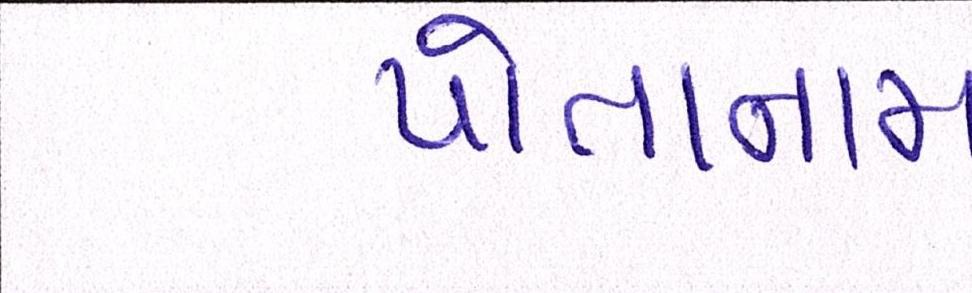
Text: પોતાનામાં